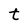
Character: t